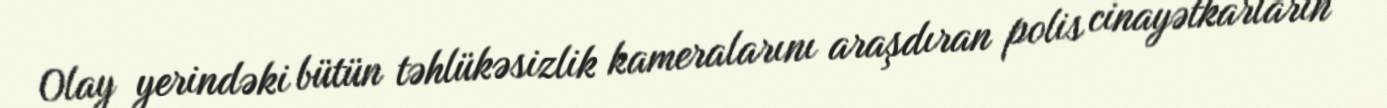
Olay yerindəki bütün təhlükəsizlik kameralarını araşdıran polis cinayətkarların